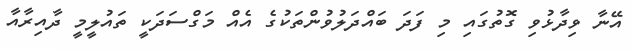
އޭނާ ވިދާޅުވި ގޮތުގައި މި ފަދަ ބައްދަލުވުންތަކުގެ އެއް މަގްސަދަކީ ތައުލީމީ ދާއިރާއާ